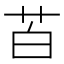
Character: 苩